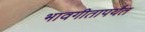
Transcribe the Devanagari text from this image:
भावगीतापर्यंत